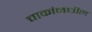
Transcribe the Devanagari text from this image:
चाकांमधील